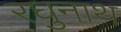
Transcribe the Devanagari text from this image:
रघुनाथ